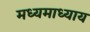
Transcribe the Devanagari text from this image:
मध्यमाध्याय